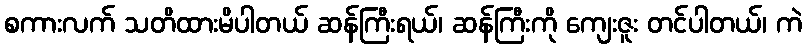
စကားလက် သတိထားမိပါတယ် ဆန်ကြီးရယ်၊ ဆန်ကြီးကို ကျေးဇူး တင်ပါတယ်၊ ကဲ